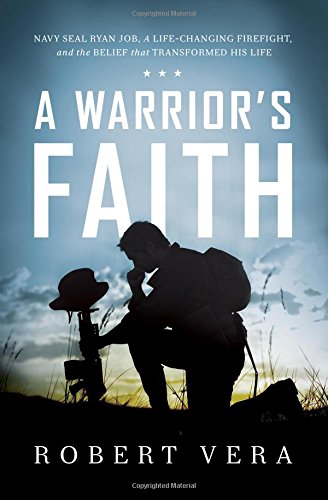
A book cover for A Warrior's Faith: Navy SEAL Ryan Job, a Life-Changing Firefight, and the Belief That Transformed His Life; Robert Vera; Biographies & Memoirs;